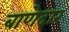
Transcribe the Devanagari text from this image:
बाणेदार